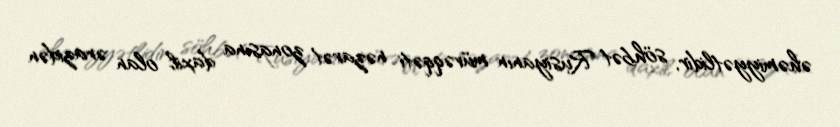
əhəmiyyətlidir, söhbət Rusiyanın müvəqqəti nəzarət zonasına daxil olan ərazidən